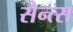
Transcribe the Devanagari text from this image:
सैन्त्स